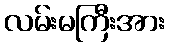
လမ်းမကြီးအား